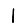
Digit: 1